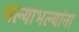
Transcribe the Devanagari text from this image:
भल्याभल्यांना